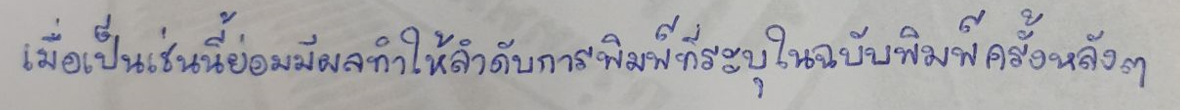
เมื่อเป็นเช่นนี้ย่อมมีผลทำให้ลำดับการพิมพ์ที่ระบุในฉบับพิมพ์ครั้งหลังๆ